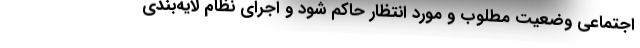
اجتماعی وضعیت مطلوب و مورد انتظار حاکم شود و اجرای نظام لایه‌بندی